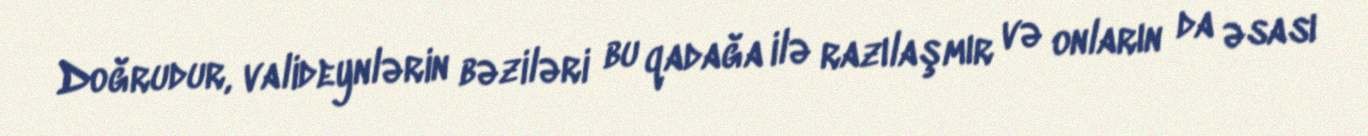
Doğrudur, valideynlərin bəziləri bu qadağa ilə razılaşmır və onların da əsası